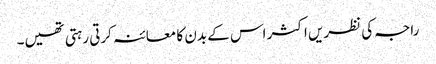
راجہ کی نظریں اکثر اس کے بدن کا معائنہ کرتی رہتی تھیں۔